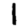
Digit: 1